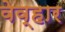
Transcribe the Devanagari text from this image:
वेव्हार